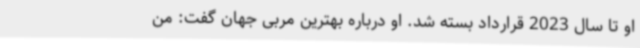
او تا سال 2023 قرارداد بسته شد. او درباره بهترین مربی جهان گفت: من